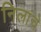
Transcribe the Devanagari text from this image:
निलांचे